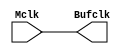

//CLOCK-BUFFER
module clkbuffer(Mclk,Bufclk);
input Mclk; 	//Master Clock
output Bufclk;	//Buffer Clock as output
buf B1(Bufclk,Mclk);
endmodule